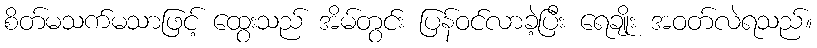
စိတ်မသက်မသာဖြင့် ထွေးသည် အိမ်တွင်း ပြန်ဝင်လာခဲ့ပြီး ရေချိုး အဝတ်လဲရသည်။